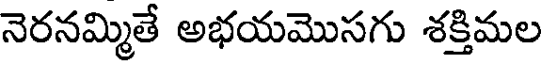
నెరనమ్మితే అభయమొసగు శక్తిమల